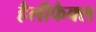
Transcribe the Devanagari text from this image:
हैलीफैक्स